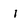
Character: 1